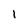
Character: I